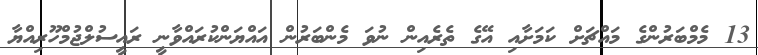
13 މެމްބަރުންގެ މައްޗަށް ކަމަށާއި އޭގެ ތެރެއިން ނުވަ މެންބަރުން އައްޔަންކުރައްވާނީ ރައީސުލްޖުމްހޫރިއްޔާ